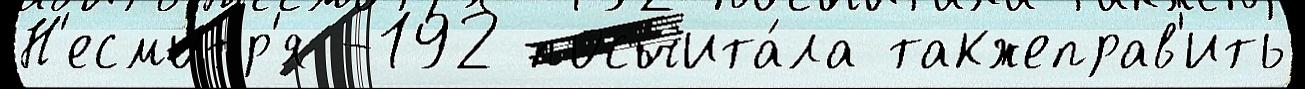
Н'есмотр'я -192 посчита́ла такжеправ'ить